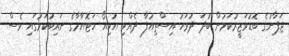
ޖަޕާނުގެ ބޮޑުވަޒީރުކަމުން ބުދަ ދުވަހު އިސްތިއުފާ ދެއްވި ޔުކިއޯ ހަޓޮޔާމާގެ ނައިބުކަމުގައި ވެސް